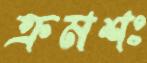
ক্রমশঃ